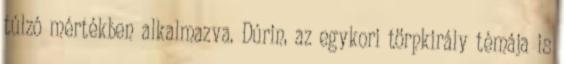
túlzó mértékben alkalmazva. Dúrin, az egykori törpkirály témája is